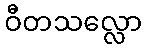
ဝီတသလ္လော